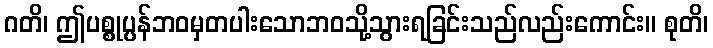
ဂတိ၊ ဤပစ္စုပ္ပန်ဘဝမှတပါးသောဘဝသို့သွားရခြင်းသည်လည်းကောင်း။ စုတိ၊